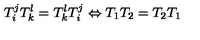
T _ { i } ^ { j } T _ { k } ^ { l } = T _ { k } ^ { l } T _ { i } ^ { j } \Leftrightarrow T _ { 1 } T _ { 2 } = T _ { 2 } T _ { 1 }